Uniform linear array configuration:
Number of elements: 32
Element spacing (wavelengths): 0.25
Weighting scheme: blackman
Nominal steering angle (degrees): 15
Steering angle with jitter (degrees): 16.596
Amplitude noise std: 0.05
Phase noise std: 0.05

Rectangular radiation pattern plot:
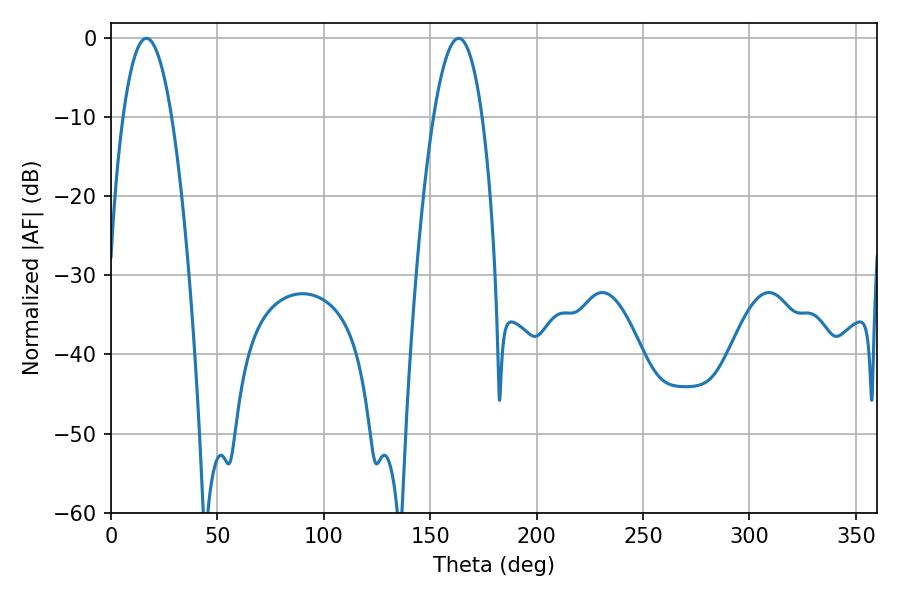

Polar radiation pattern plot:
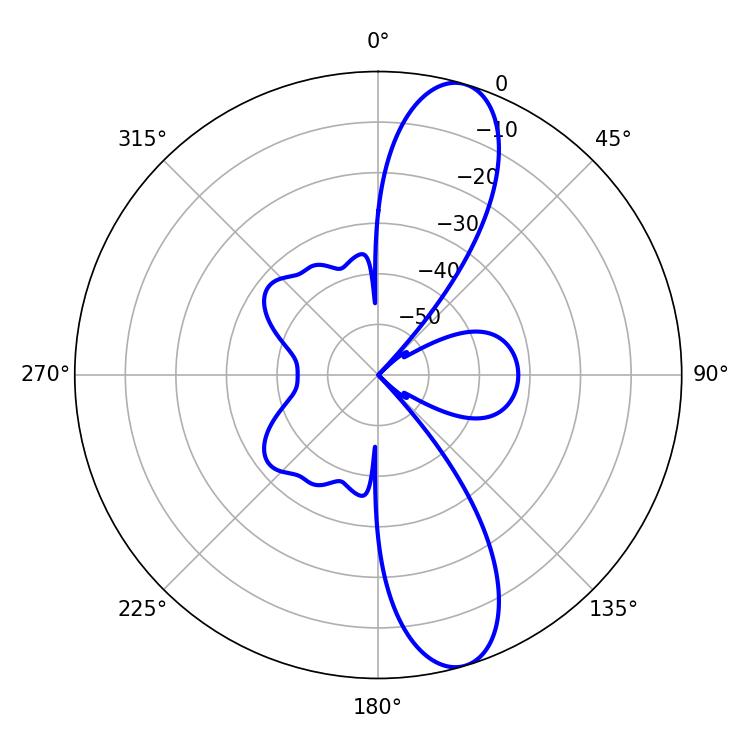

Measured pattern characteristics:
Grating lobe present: FALSE
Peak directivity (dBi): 11.67
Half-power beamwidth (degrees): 12.6
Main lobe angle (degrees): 16.56